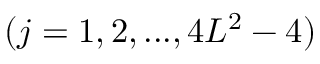
( j = 1 , 2 , . . . , 4 L ^ { 2 } - 4 )